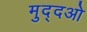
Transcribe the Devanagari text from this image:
मुद्दओ